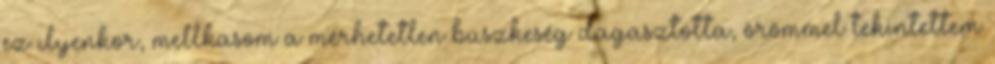
ez ilyenkor, mellkasom a mérhetetlen büszkeség dagasztotta, örömmel tekintettem